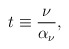
\begin{align*}t \equiv {\nu \over \alpha_{\nu}},\end{align*}